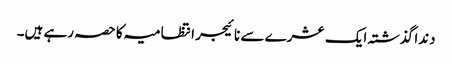
دندا گذشتہ ایک عشرے سے نائیجر انتظامیہ کا حصہ رہے ہیں۔